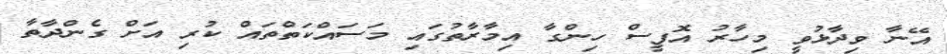
އޭނާ ވިދާޅުވީ މިހާރު އޮފީސް ހިންގާ އިމާރާތުގައި މަސައްކަތްތައް ކުރި އަށް ގެންދާތާ